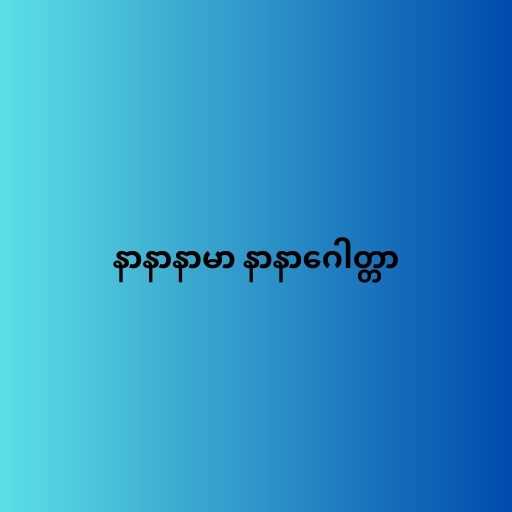
နာနာနာမာ နာနာဂေါတ္တာ